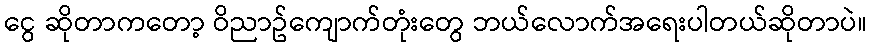
ငွေ ဆိုတာကတော့ ဝိညာဥ်ကျောက်တုံးတွေ ဘယ်လောက်အရေးပါတယ်ဆိုတာပဲ။